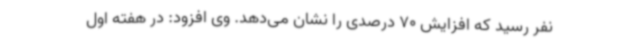
نفر رسید که افزایش 70 درصدی را نشان می‌دهد. وی افزود: در هفته اول